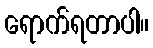
ရောက်ရတာပါ။